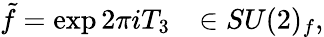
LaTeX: \tilde{f}=\exp 2\pi iT_{3}\ \ \ \in SU(2)_{f},